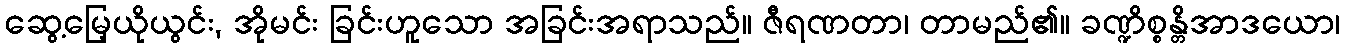
ဆွေ့မြေ့ယိုယွင်း, အိုမင်း ခြင်းဟူသော အခြင်းအရာသည်။ ဇီရဏတာ၊ တာမည်၏။ ခဏ္ဍိစ္စန္တိအာဒယော၊